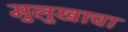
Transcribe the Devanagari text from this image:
मुलुखाचा